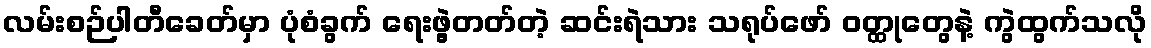
လမ်းစဉ်ပါတီခေတ်မှာ ပုံစံခွက် ရေးဖွဲ့တတ်တဲ့ ဆင်းရဲသား သရုပ်ဖော် ဝတ္ထုတွေနဲ့ ကွဲထွက်သလို